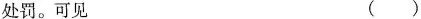
处罚。可见 ()